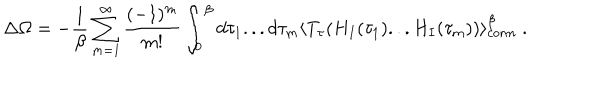
\Delta \Omega = - { \frac { 1 } { \beta } } \sum _ { m = 1 } ^ { \infty } \frac { ( - 1 ) ^ { m } } { m ! } \int _ { 0 } ^ { \beta } d \tau _ { 1 } . . . d \tau _ { m } \langle T _ { \tau } ( H _ { I } ( \tau _ { 1 } ) . . . H _ { I } ( \tau _ { m } ) ) \rangle _ { c o n n } ^ { \beta } \; .